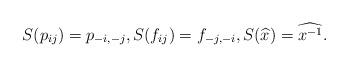
LaTeX: \begin{align*}S(p_{ij})=p_{-i,-j},S(f_{ij})=f_{-j,-i},S(\widehat{x}) =\widehat{x^{-1}}. \end{align*}